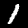
Digit: 1